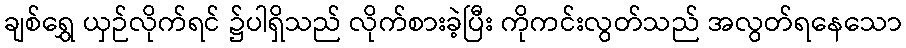
ချစ်ရွှေ ယှဉ်လိုက်ရင် ၌ပါရှိသည် လိုက်စားခဲ့ပြီး ကိုကင်းလွတ်သည် အလွတ်ရနေသော